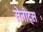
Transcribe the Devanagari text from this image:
सेनोट्स